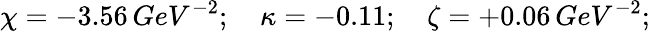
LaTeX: \chi=-3.56\, GeV^{-2};\quad\kappa=-0.11;\quad\zeta=+0.06\, GeV^{-2};